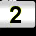
Digit: 2